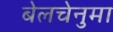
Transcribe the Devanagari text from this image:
बेलचेनुमा